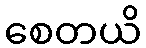
စေတယိ